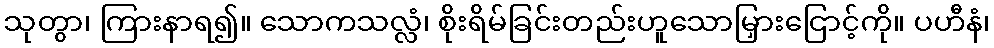
သုတွာ၊ ကြားနာရ၍။ သောကသလ္လံ၊ စိုးရိမ်ခြင်းတည်းဟူသောမြှားငြောင့်ကို။ ပဟီနံ၊